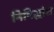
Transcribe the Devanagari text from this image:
निषिद्धांश